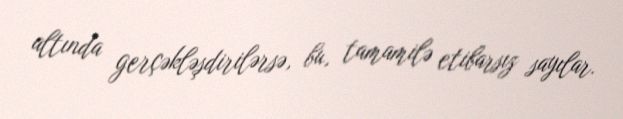
altında gerçəkləşdirilərsə, bu, tamamilə etibarsız sayılar.